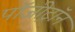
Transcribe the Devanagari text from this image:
पॉजी़ट्रॉन